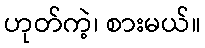
ဟုတ်ကဲ့၊ စားမယ်။